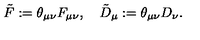
\tilde { F } : = \theta _ { \mu \nu } F _ { \mu \nu } , \quad \tilde { D } _ { \mu } : = \theta _ { \mu \nu } D _ { \nu } .